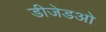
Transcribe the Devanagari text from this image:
डीजेडओ